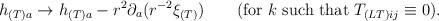
LaTeX: \begin{align*}h_{(T)a} \to h_{(T)a} - r^2\partial_a(r^{-2}\xi_{(T)})\qquad (\mbox{for}\ k\ \mbox{such that}\ T_{(LT)ij}\equiv 0).\end{align*}